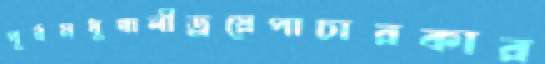
পূর্বমধুখালীড্রয়েপাচারকার